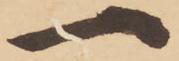
一